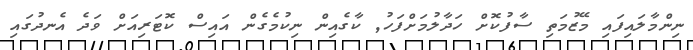
ނިންމާލައިފައި މޭޒުމަތިި ސާފުކޮށް ހަދާލުމަށްފަހު